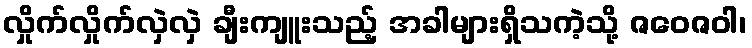
လှိုက်လှိုက်လှဲလှဲ ချီးကျူးသည့် အခါများရှိသကဲ့သို့ ဇဝေဇဝါ၊